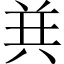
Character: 𱏴